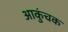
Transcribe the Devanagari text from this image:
आकुंचक